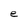
Character: e